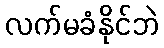
လက်မခံနိုင်ဘဲ